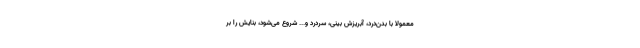
معمولا با بدن‌درد، آبریزش بینی، سردرد و... شروع می‌شود، بنایش را بر